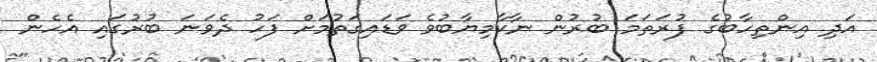
އަދި އިންތިހާބުގެ ފުރަތަމަ ބުރުން ނާކާމިޔާބުވެ ވަޑައިގަތުމަށް ފަހު ދެވަނަ ބުރުގައި އެހެން